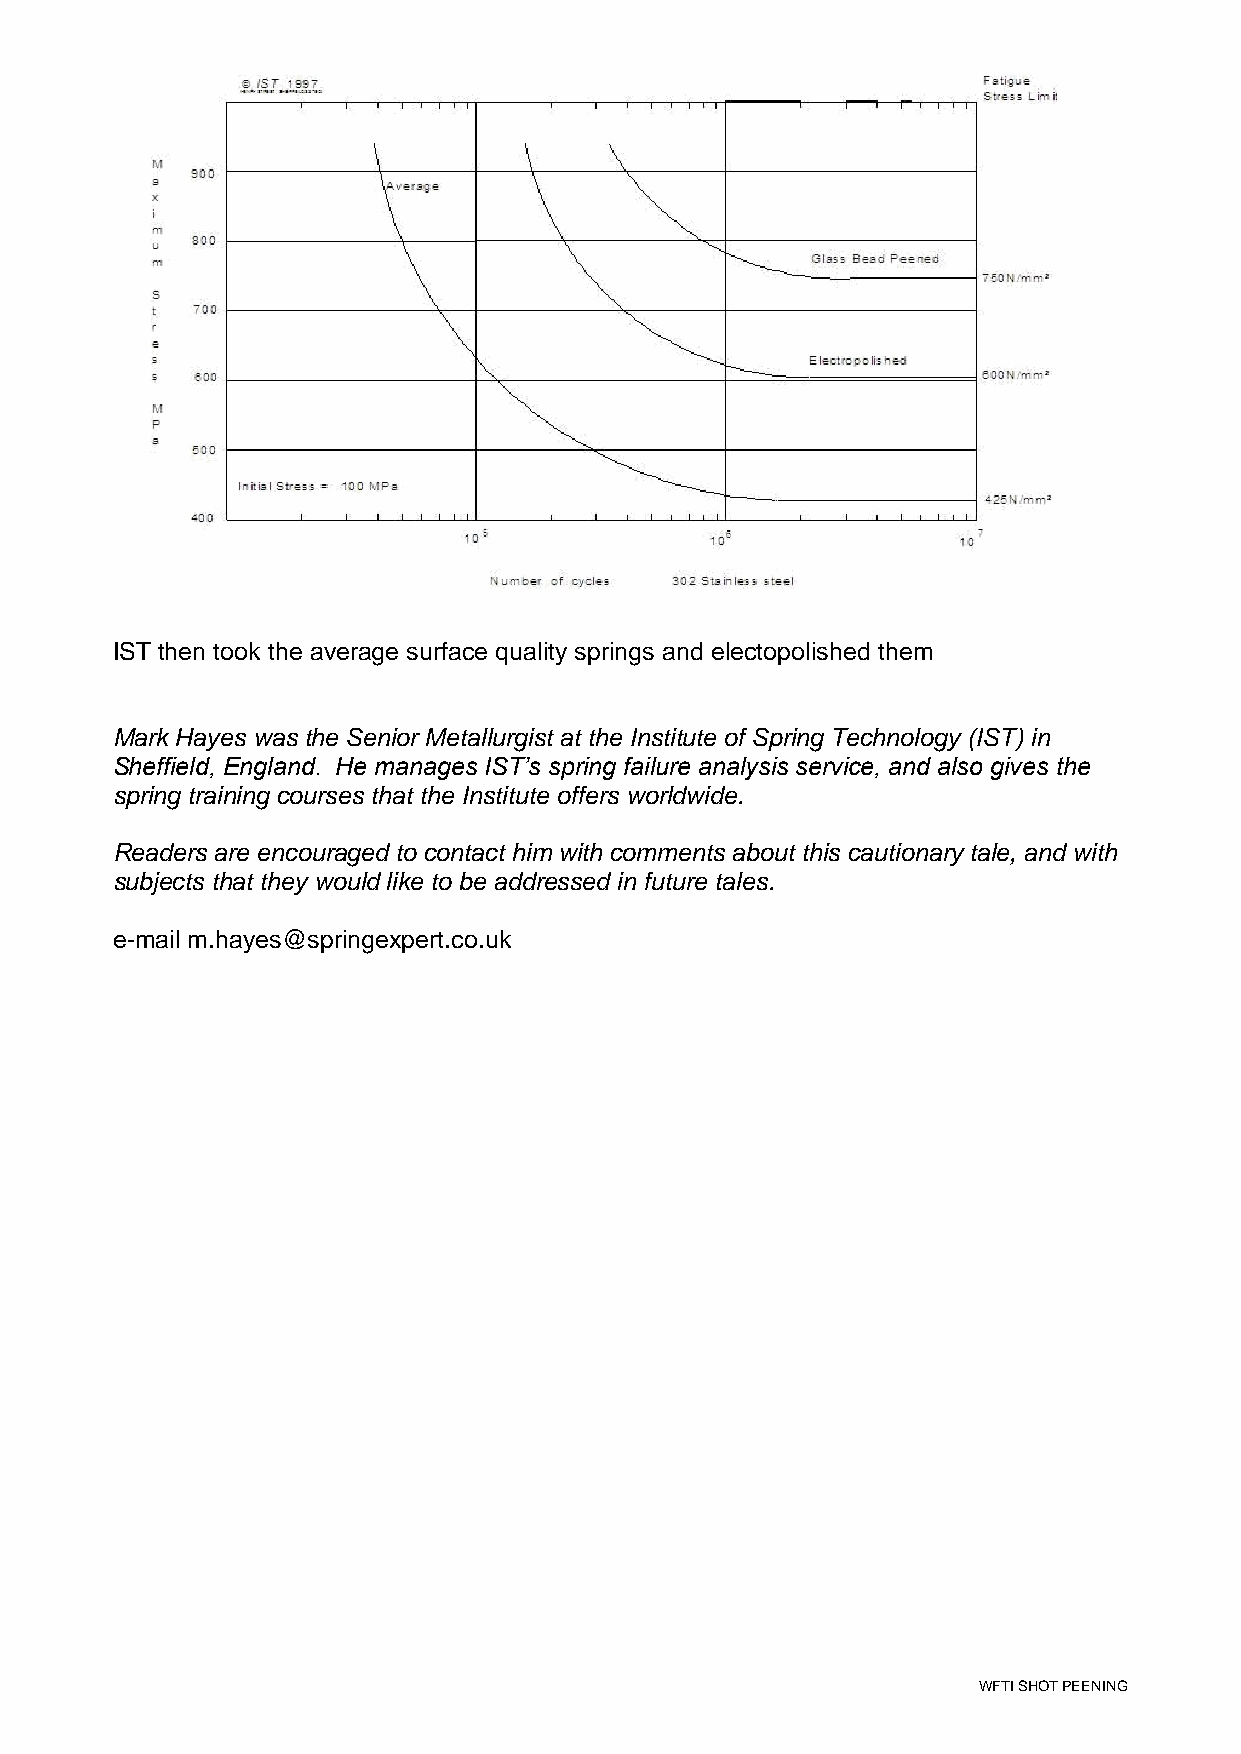
IST then took the average surface quality springs and electopolished them
 Mark Hayes was the Senior Metallurgist at the Institute of Spring Technology (IST) in
 Sheffield, England. He manages IST’s spring failure analysis service, and also gives the
 spring training courses that the Institute offers worldwide.
 Readers are encouraged to contact him with comments about this cautionary tale, and with
 subjects that they would like to be addressed in future tales.
 e-mail m.hayes@springexpert.co.uk
 WFTI SHOT PEENING